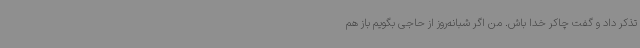
تذکر داد و گفت چاکر خدا باش. من اگر شبانه‌روز از حاجی بگویم باز هم